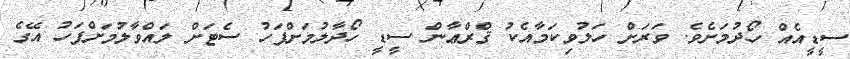
ސީޑީއެއް ހޯދުމަށެވެ. ވަރަށް ހަލުވިކަމާއެކު ޤްރްޢާން ސީޑީ ހޯދާލުމަށްފަހު ސެޓަށް ލައްވާލުމަށްފަހު އޭގެ